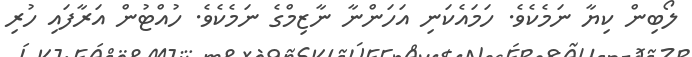
ލޯބިން ކިޔާ ނަމެކެވެ. ހަމައެކަނި އަހަންނާ ނާޒިމްގެ ނަމެކެވެ. ހުއްޓުން އަރާފައި ހުރި